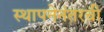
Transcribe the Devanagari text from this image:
स्थापनेनंतरची